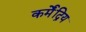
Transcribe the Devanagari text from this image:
कर्मेंद्रिय